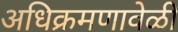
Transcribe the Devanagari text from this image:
अधिक्रमणावेळी